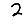
Digit: 2